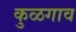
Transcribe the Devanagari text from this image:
कुळगाव